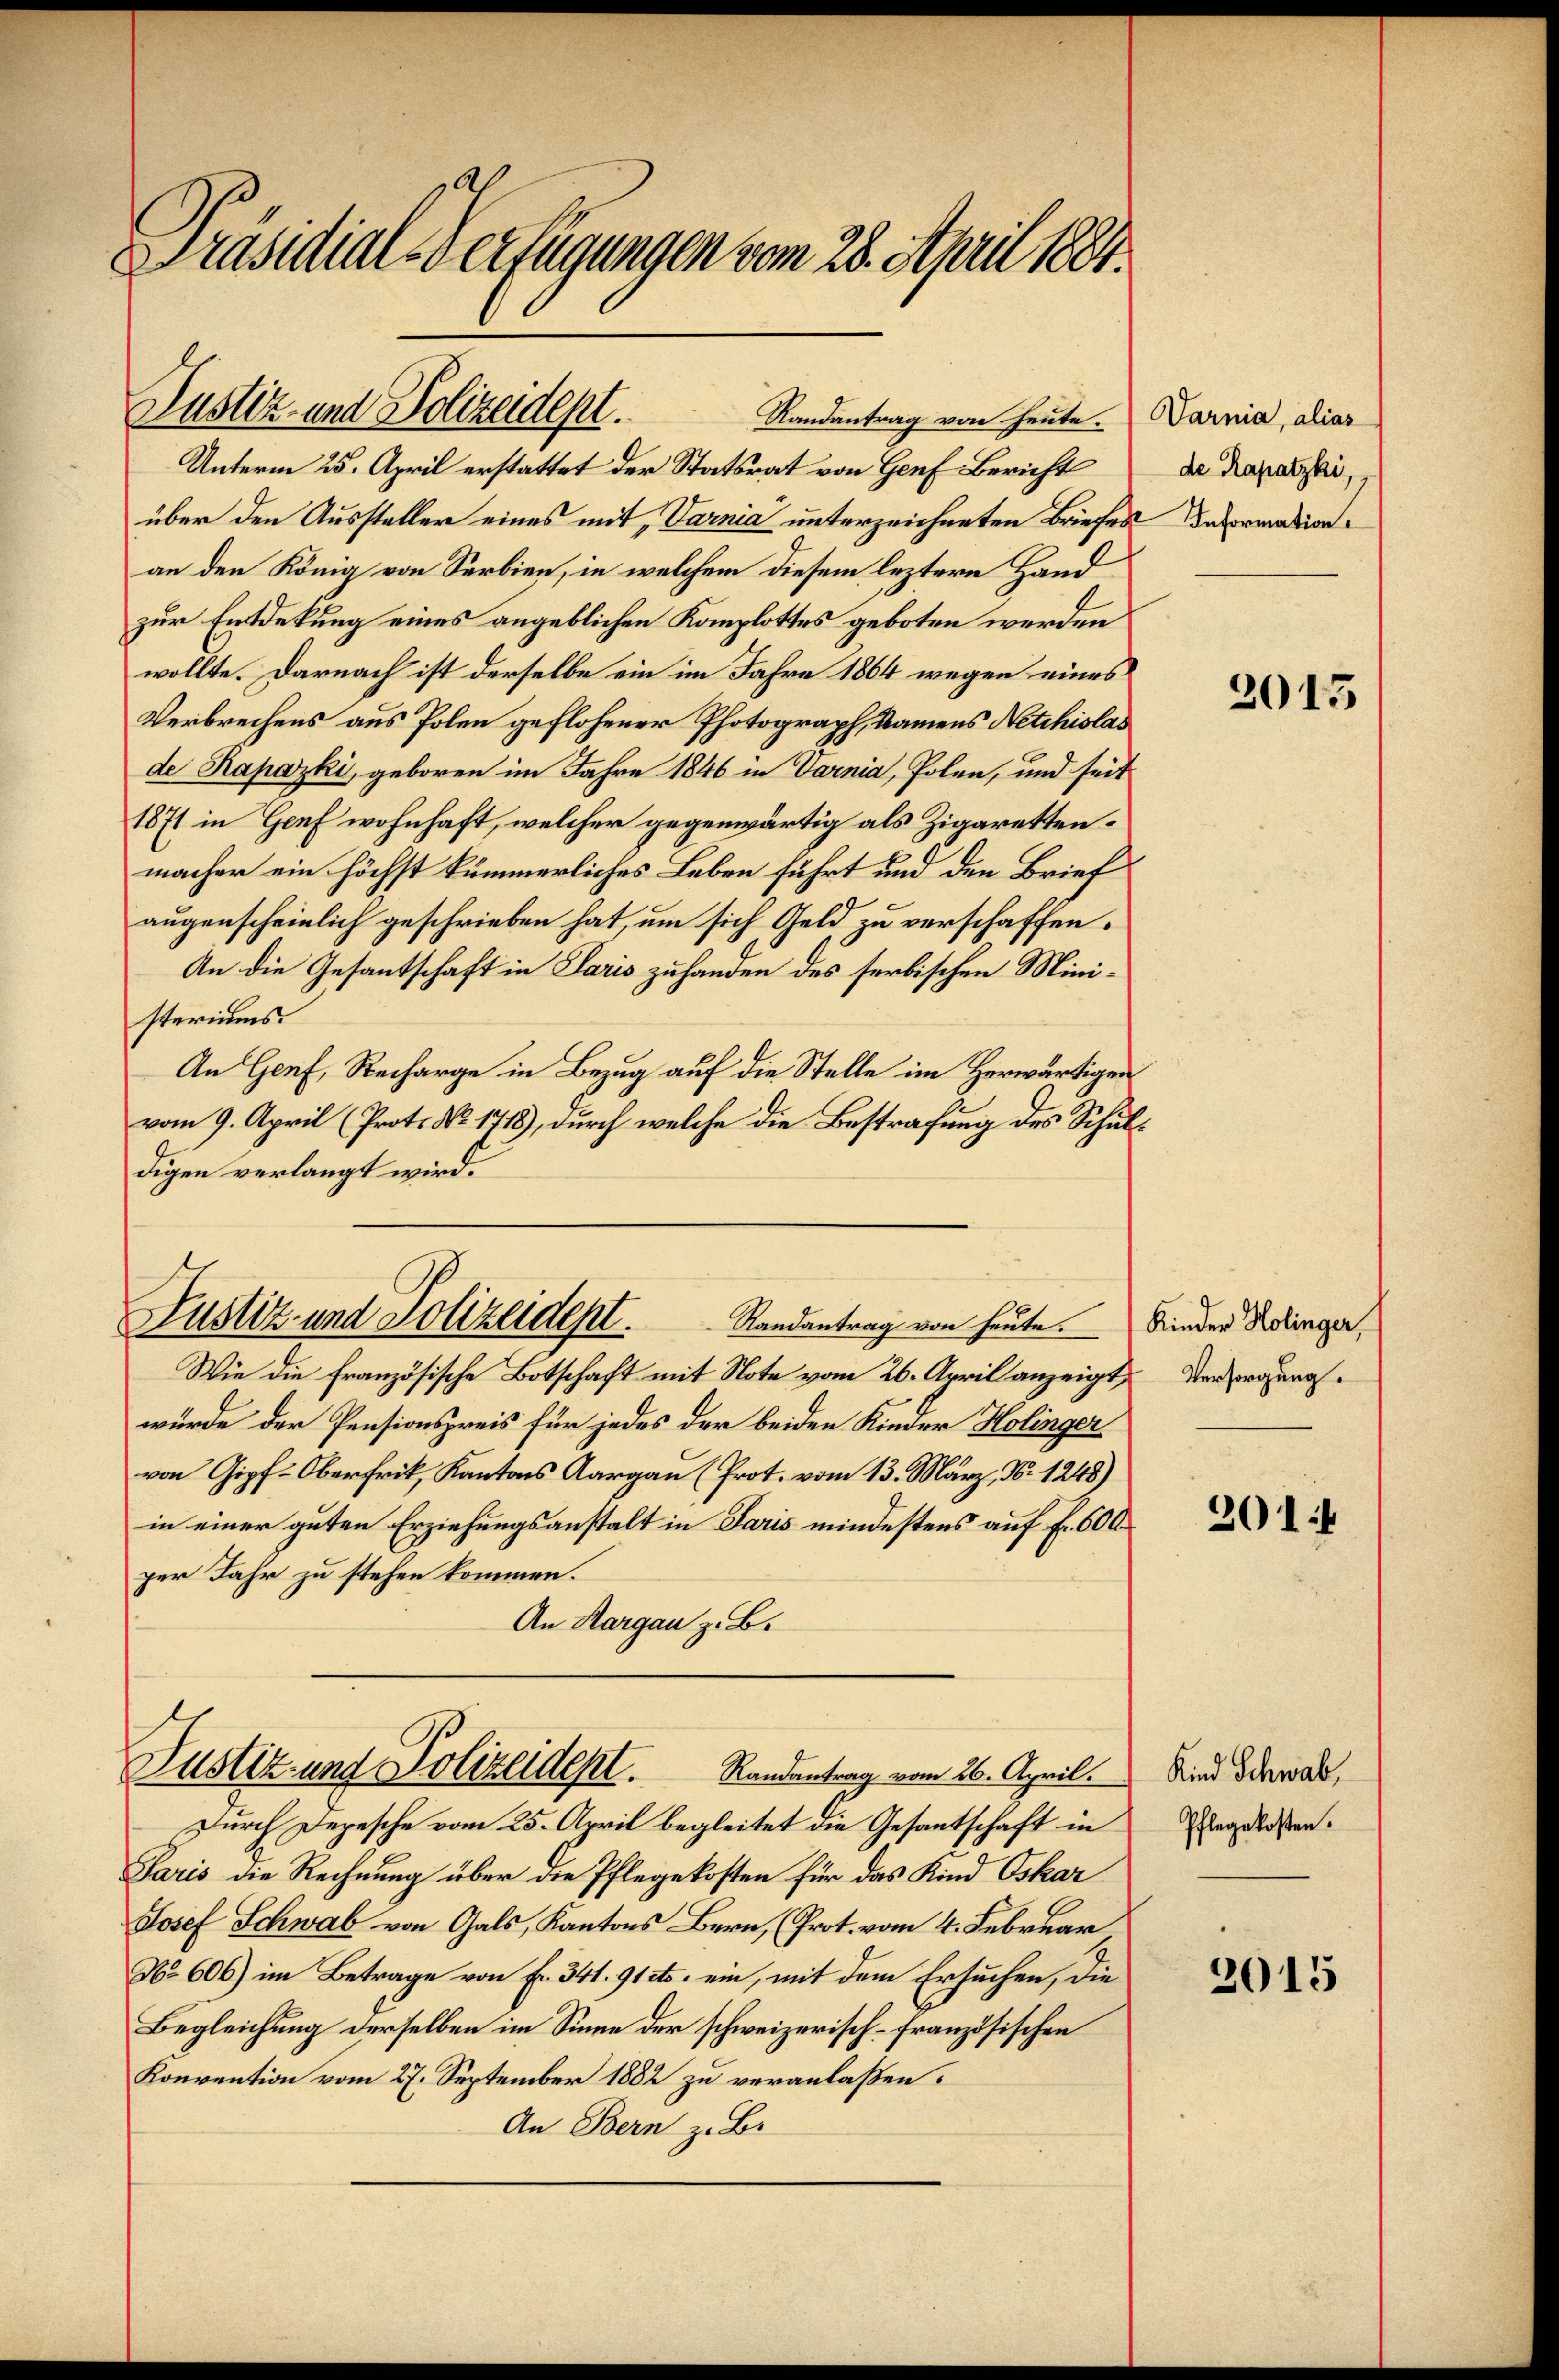
Präsidial-Verfügungen vom 28. April 1881.

Justiz- und Polizeident.
Randantrag von heute.

Unterm 25. April erstattet der Statsrat von Genf Bericht
über den Aussteller eines mit, Varnia unterzeichneten Briefes
an den König von Serbien, in welchem diesem leztere Hand
zur Entdekung eines angeblichen Komplottes geboten werden
wollte. Darnach ist derselbe ein im Jahre 1864 wegen eines
Verbrechens aus Polen geflohener Photograph, Namens Netzhislas
de Rapazki, geboren im Jahre 1846 in Varnia, Polen, und seit
1871 in Genf wohnhaft, welcher gegenwärtig als Zigarettenmacher ein höchst kümmerliches Leben führt und den Brief
augenscheinlich geschrieben hat, um sich Geld zu verschaffen.
An die Gesantschaft in Paris zuhanden des serbischen Ministeriums.
An Genf, Recharge in Bezug auf die Stelle im Herwärtigen
vom 9. April (Prot. No. 1718), durch welche die Bestrafung des Schuldigen verlangt wird.
Wie die Französische Botschaft mit Note vom 26. April anzeigt,
würde der Pensionspreis für jedes der beiden Kinder Holinger
von Gipf-Oberfrit, Kantons Aargau (Prot. vom 13. März, Nr. 1248)
in einer guten Erziehungsanstalt in Paris mindestens auf Fr. 600
per Jahr zu stehen kommen.
An Kargau z. B.
Justiz und Polizeidept. Randantrag vom 26. April.
Durch Depesche vom 25. April begleitet die Gesantschaft in
Paris die Rechnung über die Pflegekosten für das Kind Oskar
Josef Schwab von Gals, Kantons Bern, (Prot. vom 4. Februar
No 606) im Betrage von Fr. 341. 91 etc. ein, mit dem Ersuchen, die
Begleichung derselben im Sinne der schweizerisch-französischen
Konvention vom 27. September 1882 zu veranlaßen.
An Bern z. B.

Justiz- und Polizeidept.
Randantrag von heute.

Varnia, alias
de Rapatzki,
 Information

2013

Kinder Holinger,
Versorgung.

201

Kind Schwab,
Pflegekosten.

2015